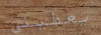
يعطيني